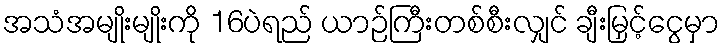
အသံအမျိုးမျိုးကို 16ပဲရည် ယာဉ်ကြီးတစ်စီးလျှင် ချီးမြှင့်ငွေမှာ